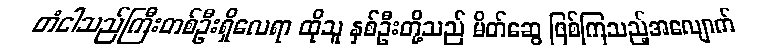
တံငါသည်ကြီးတစ်ဦးရှိလေရာ ထိုသူ နှစ်ဦးတို့သည် မိတ်ဆွေ ဖြစ်ကြသည့်အလျောက်